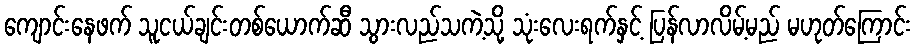
ကျောင်းနေဖက် သူငယ်ချင်းတစ်ယောက်ဆီ သွားလည်သကဲ့သို့ သုံးလေးရက်နှင့် ပြန်လာလိမ့်မည် မဟုတ်ကြောင်း